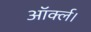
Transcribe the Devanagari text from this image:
ऑर्क्ल।